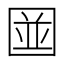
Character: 𪢭